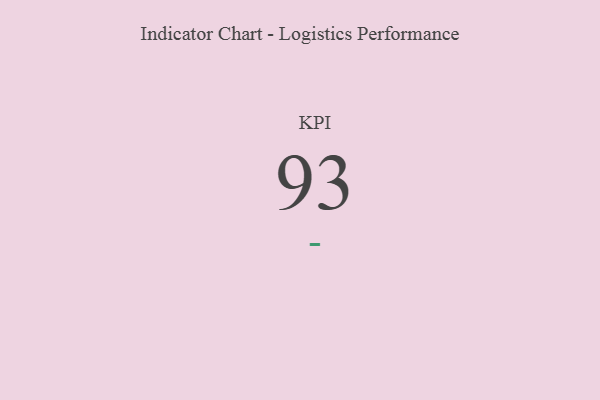
{"axis": {"x": "KPI", "y": "Value"}, "legend": [""], "data": [{"x": "KPI", "y": 93, "type": ""}]}